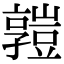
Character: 𧰄